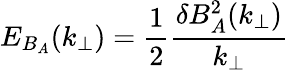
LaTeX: E_{B_{A}}(k_{\perp})=\frac{1}{2}\frac{\delta B_{A}^{2}(k_{\perp})}{k_{\perp}}